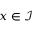
x \in \mathcal { I }